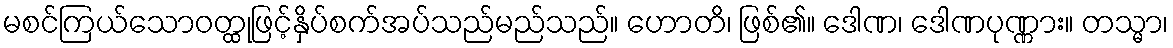
မစင်ကြယ်သောဝတ္ထုဖြင့်နှိပ်စက်အပ်သည်မည်သည်။ ဟောတိ၊ ဖြစ်၏။ ဒေါဏ၊ ဒေါဏပုဏ္ဏား။ တသ္မာ၊